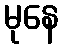
မုနေ